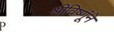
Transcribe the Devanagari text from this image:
श्रीविष्णूंने